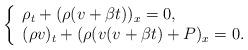
LaTeX: \begin{align*}\left\{\begin{array}{ll}\rho_t+(\rho (v+\beta t))_x=0,\\(\rho v)_t+(\rho (v(v+\beta t) +P)_x=0. \end{array}\right.\end{align*}